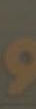
و